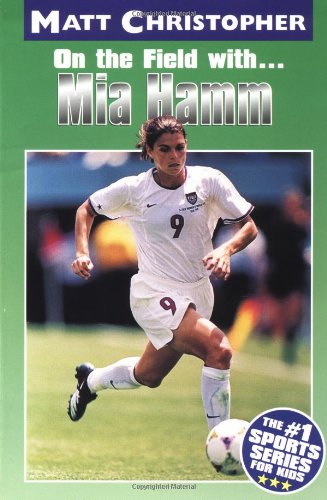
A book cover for Mia Hamm: On the Field with... (Matt Christopher Sports Bio Bookshelf); Matt Christopher; Children's Books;